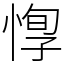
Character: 惸